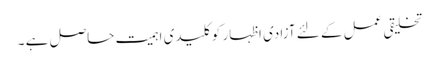
تخلیقی عمل کے لئے آزادی اظہار کو کلیدی اہمیت حاصل ہے ۔